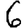
Digit: 6